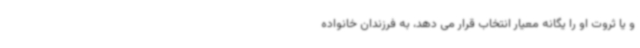
و یا ثروت او را یگانه معیار انتخاب قرار می دهد، به فرزندان خانواده